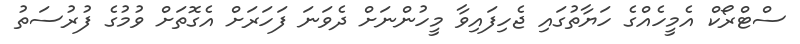
ސްޓްރޯކް އެމީހެއްގެ ހަޔާތުގައި ޖެހިފައިވާ މީހުންނަށް ދެވަނަ ފަހަރަށް އެގޮތަށް ވުމުގެ ފުރުސަތު